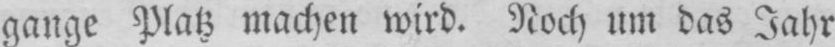
gange Platz machen wird. Noch um das Jahr